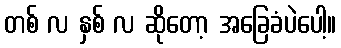
တစ် လ နှစ် လ ဆိုတော့ အခြေခံပဲပေါ့။